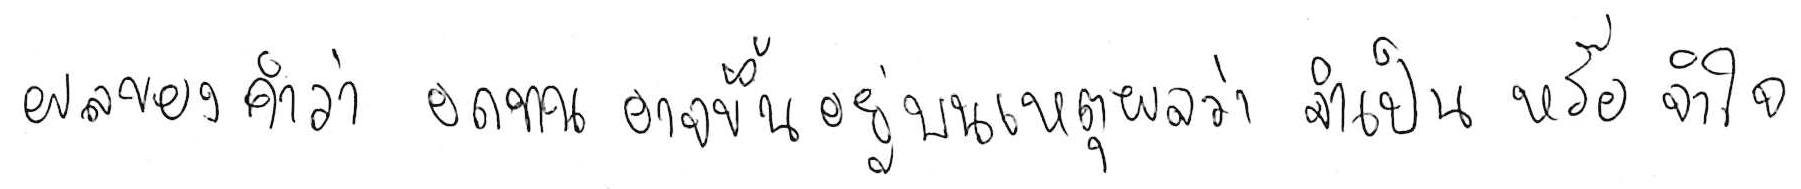
ผลของคำว่า อดทน อาจขึ้นอยู่บนเหตุผลว่า จำเป็น หรือ จำใจ